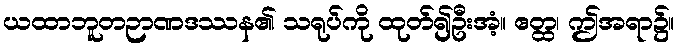
ယထာဘူတဉာဏဒဿန၏ သရုပ်ကို ထုတ်၍ဦးအံ့။ ဧတ္ထ၊ ဤအရာ၌။